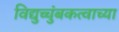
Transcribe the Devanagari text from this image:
विद्युच्चुंबकत्वाच्या